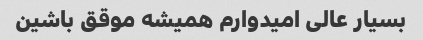
بسیار عالی امیدوارم همیشه موقق باشین